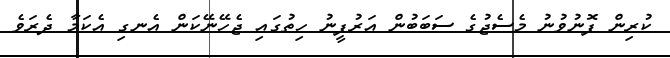
ކުރިން ފޮނުވުނު މެސެޖުގެ ސަބަބުން އަރުފީނު ހިތުގައި ޖެހޭނޭކަން އެނގި އެކަމާ ދެރަވެ